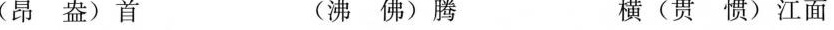
(昂盎)首 (沸佛)腾 横(贯惯)江面